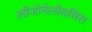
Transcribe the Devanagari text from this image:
लीजोनेलॉयसिस